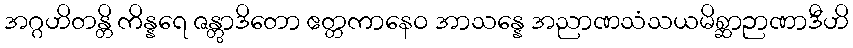
အဂ္ဂဟိတန္တိ ကိန္နရေ ဇန္တွာဒိတော ဧတ္တကာနေဝ အာသန္နေ အညာဏသံသယမိစ္ဆာဉာဏာဒီဟိ